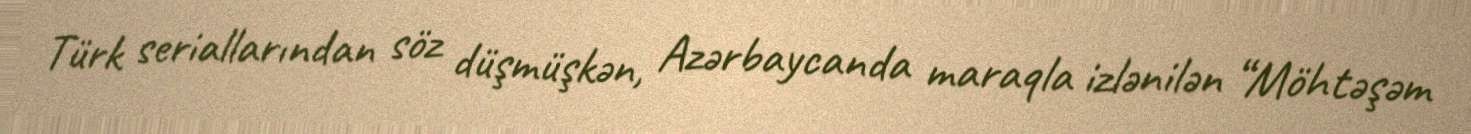
Türk seriallarından söz düşmüşkən, Azərbaycanda maraqla izlənilən “Möhtəşəm